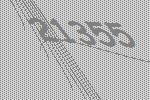
21355